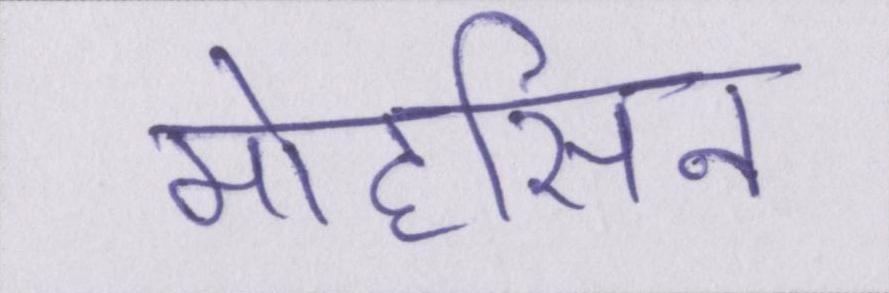
मोहसिन